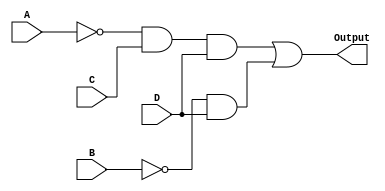
module kmap_logic (
    input wire A,  // Input variable A
    input wire B,  // Input variable B
    input wire C,  // Input variable C
    input wire D,  // Input variable D
    output wire Output  // Output of the combinational logic block
);

// Intermediate signals for the product terms
wire A_not, B_not, term1, term2;

// Invert the inputs A and B
not (A_not, A);
not (B_not, B);

// Generate the product terms based on the K-map groups
// Group 1: A'CD
and (term1, A_not, C, D);

// Group 2: B'D'
and (term2, B_not, D);

// Combine the product terms using OR gate
or (Output, term1, term2);

endmodule